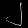
Digit: ၂